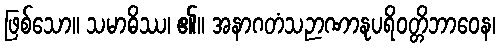
ဖြစ်သော။ သမာဓိဿ၊ ၏။ အနာဂတံသဉာဏာနုပရိဝတ္တိဘာဝေန၊